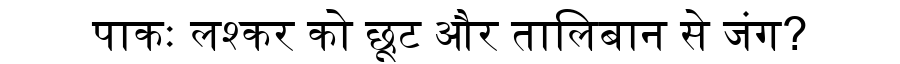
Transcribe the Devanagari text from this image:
पाकः लश्कर को छूट और तालिबान से जंग?